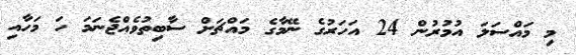
މި މައްސަލަ އުމުރުން 24 އަހަރުގެ ނޭމާގެ މައްޗަށް ސާބިތުވެއްޖެނަމަ ހަ މަހާއި